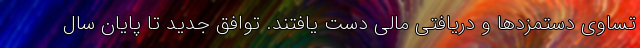
تساوی دستمزدها و دریافتی مالی دست یافتند. توافق جدید تا پایان سال